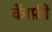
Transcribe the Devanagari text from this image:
कॅाफ़ी